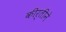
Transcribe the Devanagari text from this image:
कीर्तीने